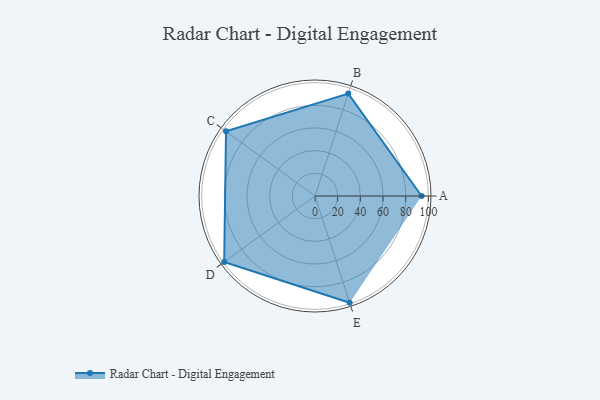
{"axis": {"x": "Skill", "y": "Score"}, "legend": ["Profile"], "data": [{"x": "A", "y": 94.0, "type": "Profile"}, {"x": "B", "y": 95.0, "type": "Profile"}, {"x": "C", "y": 97.0, "type": "Profile"}, {"x": "D", "y": 99, "type": "Profile"}, {"x": "E", "y": 99, "type": "Profile"}]}